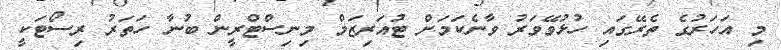
މި އަހަރުގެ ތެރޭގައި ހުޅުވޭވަރު ވާނެކަމަށް ޓުއަރިޒަމް މިނިސްޓްރީން ބުނާ ހަތަރު ރިސޯޓަކީ